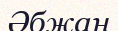
Әбжан